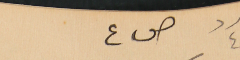
عدد ٤ ص٤